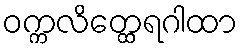
ဝက္ကလိတ္ထေရဂါထာ